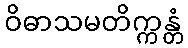
ဝိဓာသမတိက္ကန္တံ